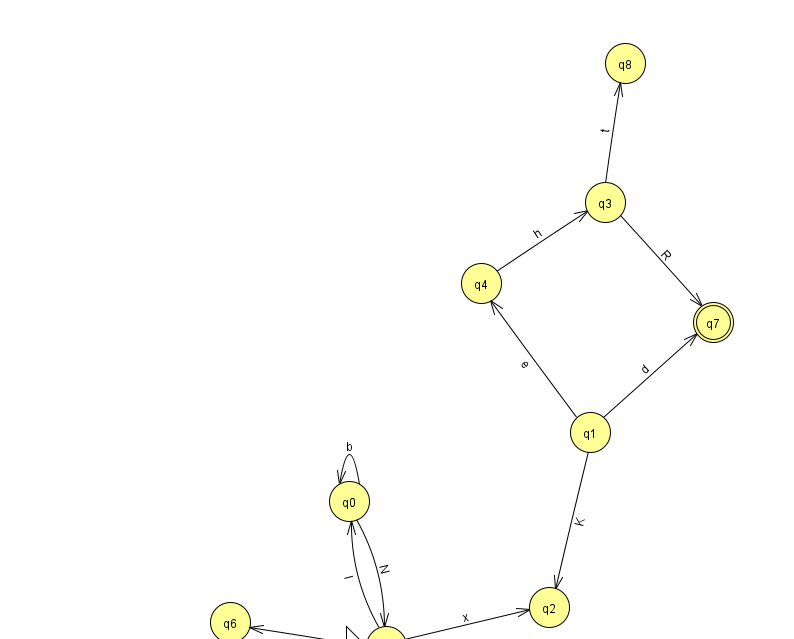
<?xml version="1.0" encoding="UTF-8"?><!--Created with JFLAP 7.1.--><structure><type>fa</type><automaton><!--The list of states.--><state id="0" name="q0"><x>349.0</x><y>488.0</y></state><state id="1" name="q1"><x>590.0</x><y>419.0</y></state><state id="2" name="q2"><x>549.0</x><y>594.0</y></state><state id="3" name="q3"><x>605.0</x><y>189.0</y></state><state id="4" name="q4"><x>481.0</x><y>270.0</y></state><state id="5" name="q5"><x>386.0</x><y>633.0</y><initial/></state><state id="6" name="q6"><x>230.0</x><y>609.0</y></state><state id="7" name="q7"><x>713.0</x><y>309.0</y><final/></state><state id="8" name="q8"><x>625.0</x><y>50.0</y></state><!--The list of transitions.--><transition><from>5</from><to>6</to><read>N</read></transition><transition><from>0</from><to>0</to><read>b</read></transition><transition><from>1</from><to>4</to><read>e</read></transition><transition><from>4</from><to>3</to><read>h</read></transition><transition><from>3</from><to>7</to><read>R</read></transition><transition><from>5</from><to>2</to><read>x</read></transition><transition><from>3</from><to>8</to><read>t</read></transition><transition><from>5</from><to>0</to><read>l</read></transition><transition><from>1</from><to>7</to><read>d</read></transition><transition><from>0</from><to>5</to><read>N</read></transition><transition><from>1</from><to>2</to><read>K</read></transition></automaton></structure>